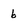
Character: 6